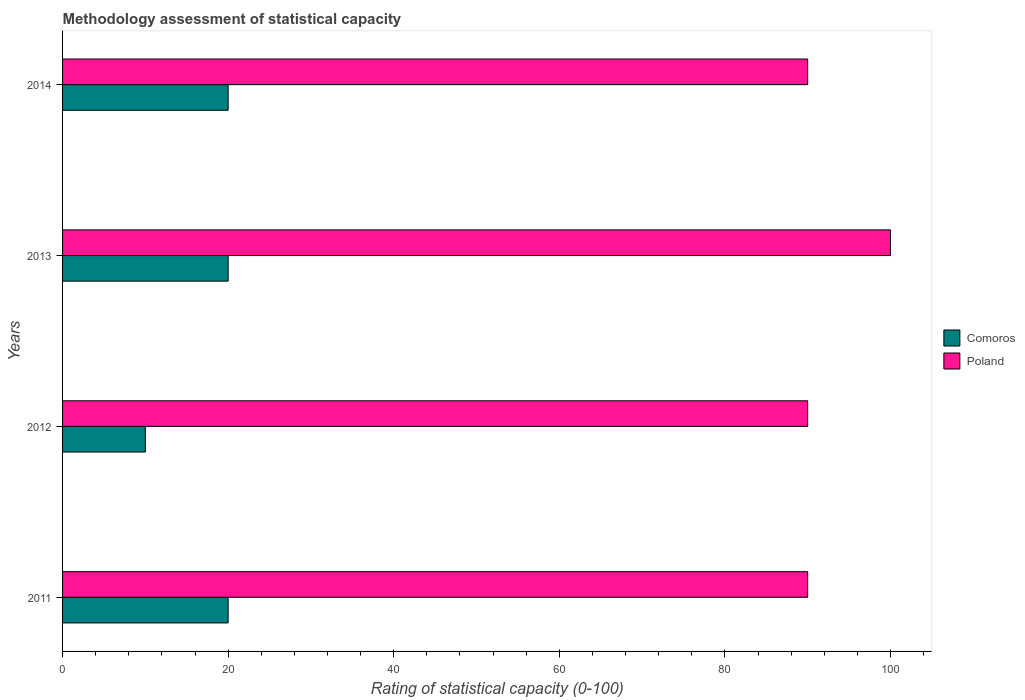
| Years | Comoros | Poland |
 | --- | --- | --- |
 | 2011 | 20 | 90 |
 | 2012 | 10 | 90 |
 | 2013 | 20 | 100 |
 | 2014 | 20 | 90 |